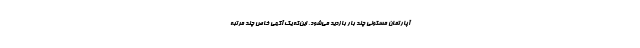
آپارتمان مسکونی چند بار بازدید می‌شود. این‌که یک آگهی خاص چند مرتبه